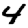
Digit: 4